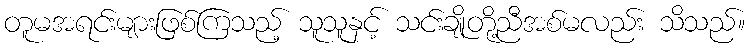
တူမအရင်းများဖြစ်ကြသည့် သူသူနှင့် သင်းချိုတို့ညီအစ်မလည်း သိသည်။